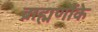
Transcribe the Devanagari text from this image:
ब्राह्मणौंके